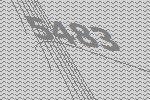
5483